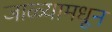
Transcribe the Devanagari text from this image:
जाळ्यामधून